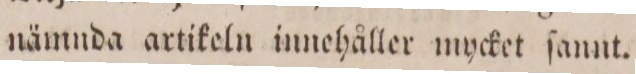
nämnda artikeln innehåller mycket ſannt.